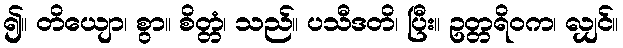
၍။ တိယျော၊ စွာ။ စိတ္တံ၊ သည်။ ပသီဒတိ၊ ပြီး။ ဥတ္တရိဝက၊ လျှင်။